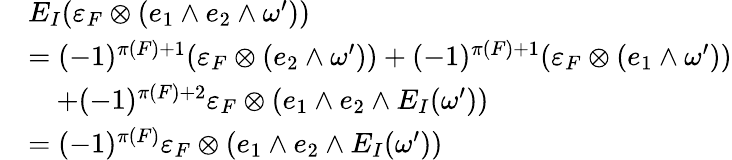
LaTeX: \begin{array}{rl}&{E_{I}(\varepsilon_{F}\otimes(e_{1}\wedge e_{2}\wedge\omega^{\prime}))}\\ &{=(-1)^{\pi(F)+1}(\varepsilon_{F}\otimes(e_{2}\wedge\omega^{\prime}))+(-1)^{\pi(F)+1}(\varepsilon_{F}\otimes(e_{1}\wedge\omega^{\prime}))}\\ &{\quad+(-1)^{\pi(F)+2}\varepsilon_{F}\otimes(e_{1}\wedge e_{2}\wedge E_{I}(\omega^{\prime}))}\\ &{=(-1)^{\pi(F)}\varepsilon_{F}\otimes(e_{1}\wedge e_{2}\wedge E_{I}(\omega^{\prime}))}\end{array}